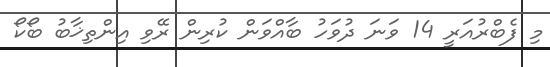
މި ފެބްރުއަރީ 14 ވަނަ ދުވަހު ބާއްވަން ކުރިން ރޭވި އިންތިޚާބު ބޯކޯ